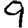
Digit: 9